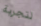
لتجربة